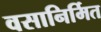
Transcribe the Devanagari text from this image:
वसानिर्मित